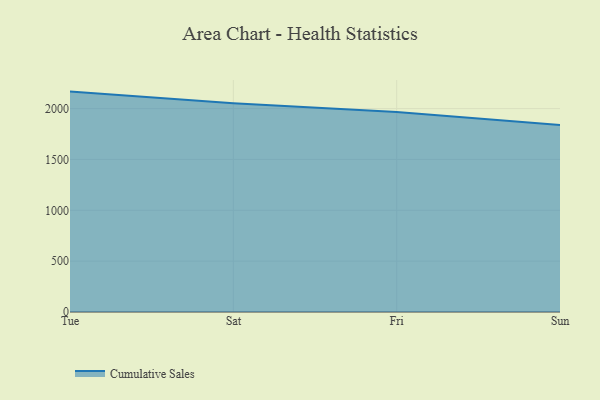
{"axis": {"x": "Day", "y": "Population (Million)"}, "legend": ["Cumulative Sales"], "data": [{"x": "Tue", "y": 2167.1, "type": "Cumulative Sales"}, {"x": "Sat", "y": 2053.1, "type": "Cumulative Sales"}, {"x": "Fri", "y": 1965.6, "type": "Cumulative Sales"}, {"x": "Sun", "y": 1837.6, "type": "Cumulative Sales"}]}